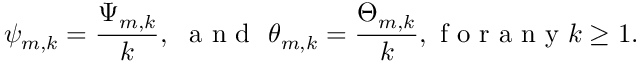
\psi _ { m , k } = \frac { \Psi _ { m , k } } { k } , \ \mathrm { ~ a ~ n ~ d ~ } \ \theta _ { m , k } = \frac { \Theta _ { m , k } } { k } , \mathrm { ~ f ~ o ~ r ~ a ~ n ~ y ~ } k \ge 1 .